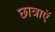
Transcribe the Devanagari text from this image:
छात्राएॅ